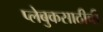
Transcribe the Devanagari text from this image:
प्लेबुकसाठीची